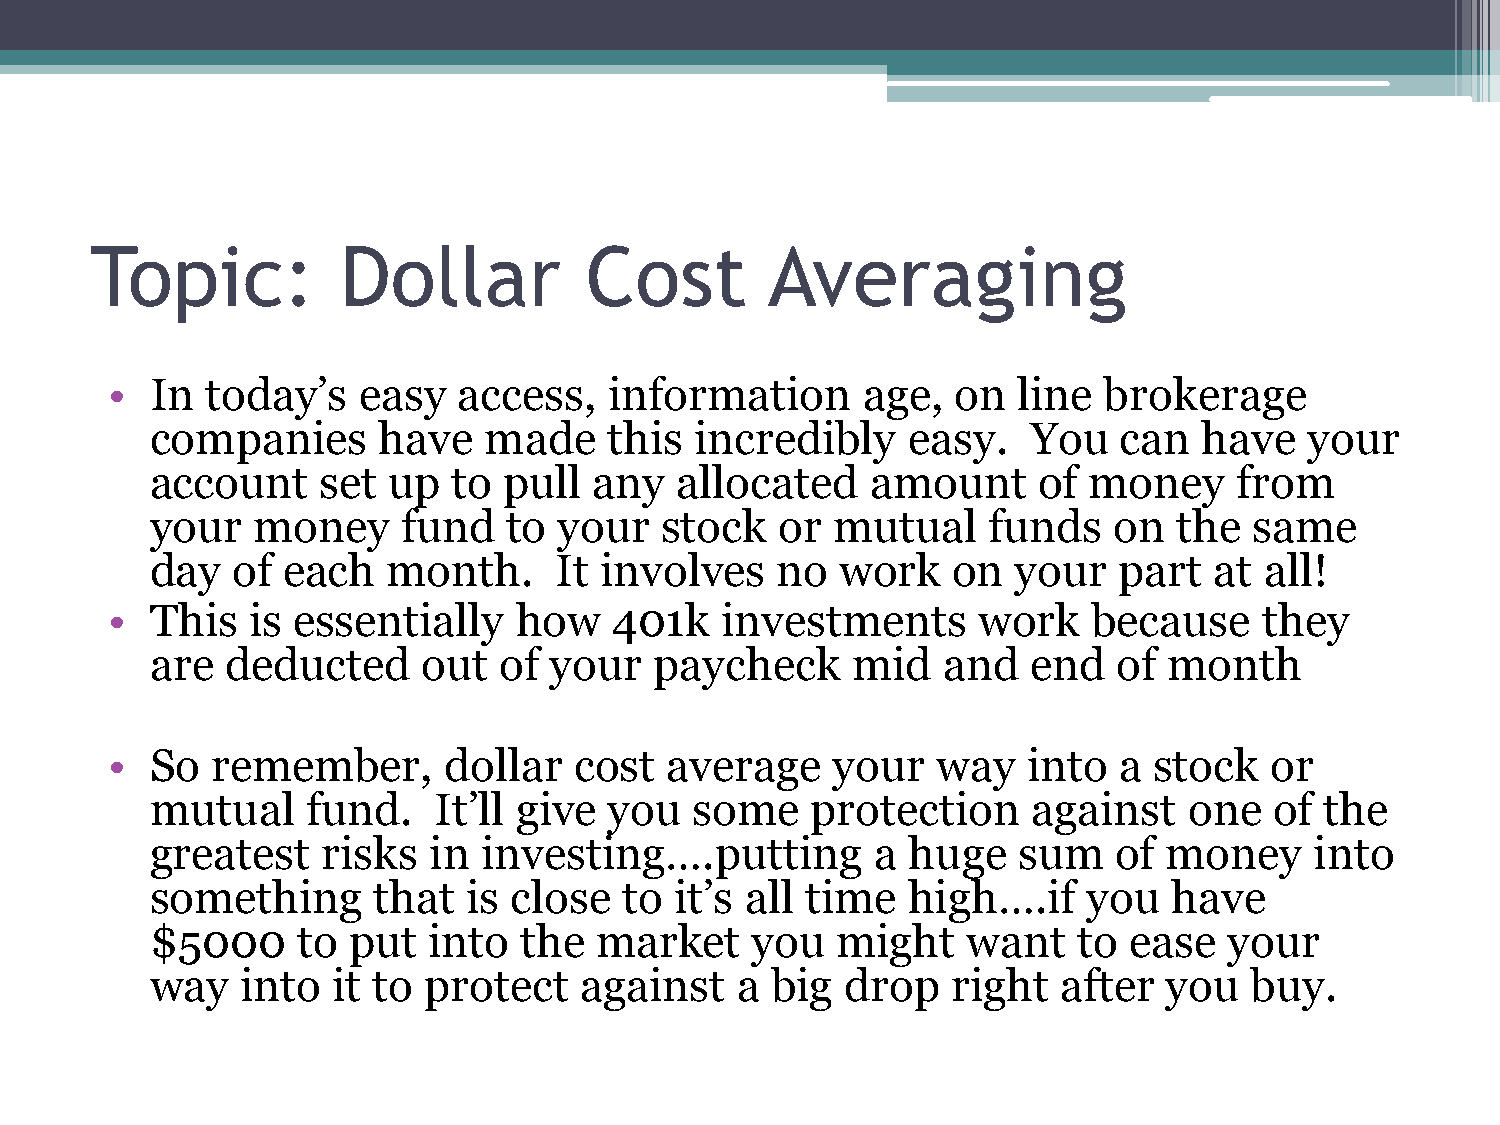
Topic:          Dollar           Cost        Averaging
 •  In  today’s   easy  access,   information      age,  on  line  brokerage
 companies      have   made    this  incredibly    easy.   You   can   have   your
 account    set  up  to pull  any   allocated    amount     of money     from
 your   money     fund   to your   stock   or mutual    funds    on  the  same
 day  of  each   month.     It involves   no   work   on  your   part  at  all!
 •  This   is essentially   how    401k   investments      work   because     they
 are  deducted     out  of your   paycheck     mid   and   end   of month
 •  So  remember,      dollar   cost  average    your   way   into  a stock   or
 mutual    fund.    It’ll give you   some    protection    against    one  of  the
 greatest   risks  in  investing….putting        a huge   sum    of money     into
 something      that  is close  to  it’s all time  high….if    you   have
 $5000     to put  into  the  market     you  might    want   to  ease  your
 way   into  it to protect   against    a big  drop   right  after  you   buy.